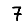
Digit: 7